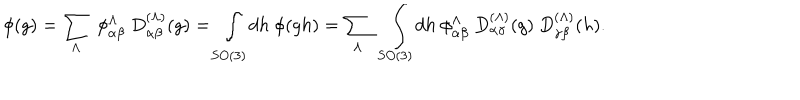
\phi ( g ) = \sum _ { \Lambda } \ \phi _ { \alpha \beta } ^ { \Lambda } \ D _ { \alpha \beta } ^ { ( \Lambda ) } ( g ) = \int _ { S O ( 3 ) } d h \ \phi ( g h ) = \sum _ { \Lambda } \ \int _ { S O ( 3 ) } d h \ \phi _ { \alpha \beta } ^ { \Lambda } \ D _ { \alpha \gamma } ^ { ( \Lambda ) } ( g ) \ D _ { \gamma \beta } ^ { ( \Lambda ) } ( h ) .